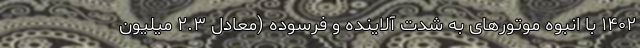
۱۴۰۲ با انبوه موتورهای به شدت آلاینده و فرسوده (معادل ۲.۳ میلیون